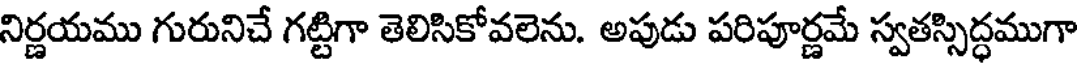
నిర్ణయము గురునిచే గట్టిగా తెలిసికోవలెను. అపుడు పరిపూర్ణమే స్వతస్సిద్ధముగా